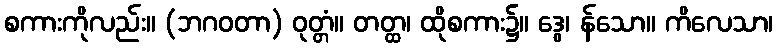
စကားကိုလည်း။ (ဘဂဝတာ) ဝုတ္တံ။ တတ္ထ၊ ထိုစကား၌။ ဒွေ၊ န်သော။ ကိလေသာ၊